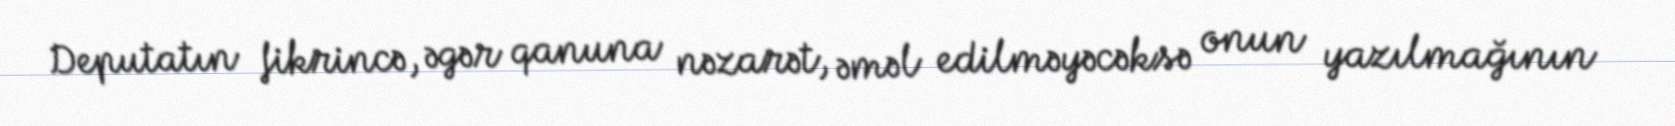
Deputatın fikrincə, əgər qanuna nəzarət, əməl edilməyəcəksə onun yazılmağının